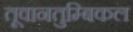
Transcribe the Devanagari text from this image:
तूवानतुम्बिकल